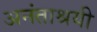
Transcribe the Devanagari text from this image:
अनंताश्रयी